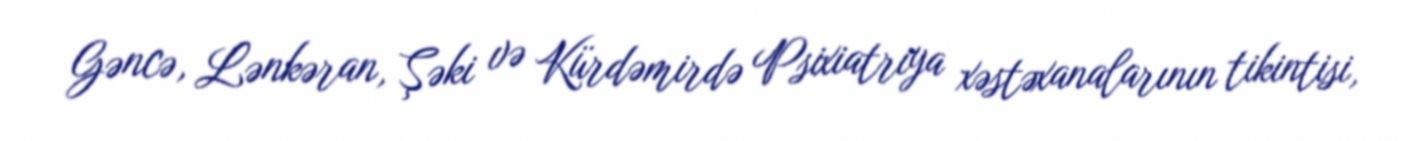
Gəncə, Lənkəran, Şəki və Kürdəmirdə Psixiatriya xəstəxanalarının tikintisi,